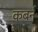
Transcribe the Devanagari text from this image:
कबर्न